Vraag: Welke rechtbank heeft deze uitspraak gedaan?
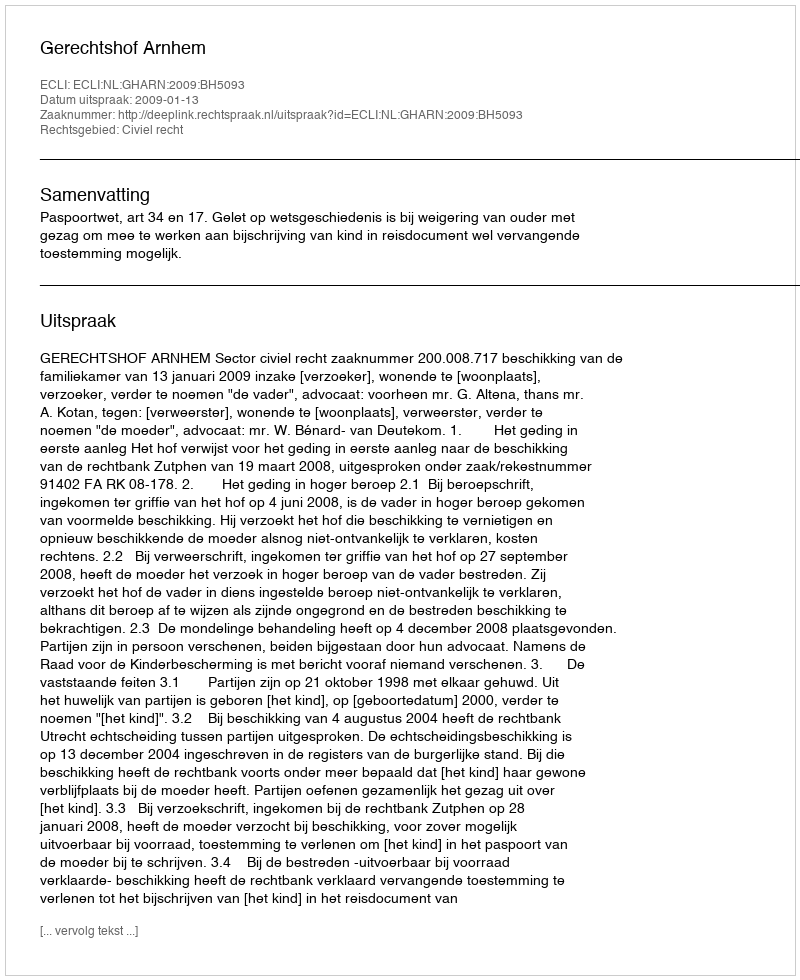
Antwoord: Gerechtshof Arnhem